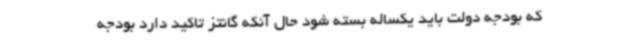
که بودجه دولت باید یکساله بسته شود حال آنکه گانتز تاکید دارد بودجه